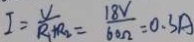
I = \frac { V } { R _ { 1 } + R _ { 2 } } = \frac { 1 8 V } { 6 0 \Omega } = 0 . 3 A